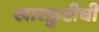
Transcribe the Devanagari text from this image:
खारफ़ुटीची